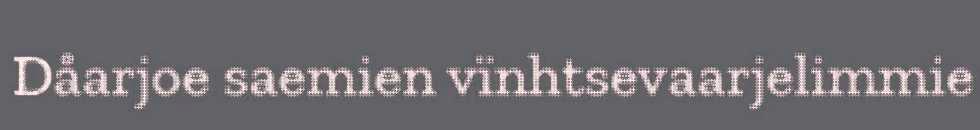
Dåarjoe saemien vïnhtsevaarjelimmie